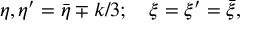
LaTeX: \eta , \eta ^ { \prime } = { \bar { \eta } } \mp k / 3 ; \quad \xi = \xi ^ { \prime } = { \bar { \xi } } ,